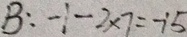
B : - 1 - 2 \times 7 = - 1 5